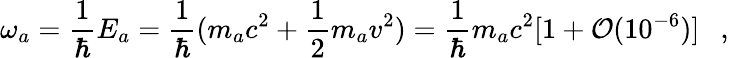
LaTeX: \omega_{a}={\frac{1}{\hbar}}E_{a}={\frac{1}{\hbar}}(m_{a}c^{2}+{\frac{1}{2}}m_{a}v^{2})={\frac{1}{\hbar}}m_{a}c^{2}[1+{\cal O}(10^{-6})]~~\ ,